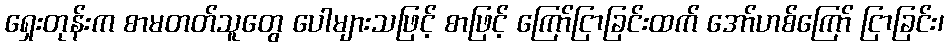
ရှေးတုန်းက စာမတတ်သူတွေ ပေါများသဖြင့် စာဖြင့် ကြော်ငြာခြင်းထက် အော်ဟစ်ကြော် ငြာခြင်း၊